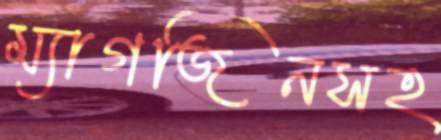
ম্যাগজিনসহ